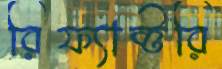
রিফ্যাক্টরি